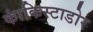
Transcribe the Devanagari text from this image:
कांकिस्टाडोर